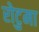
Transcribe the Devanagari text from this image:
रोटुमा